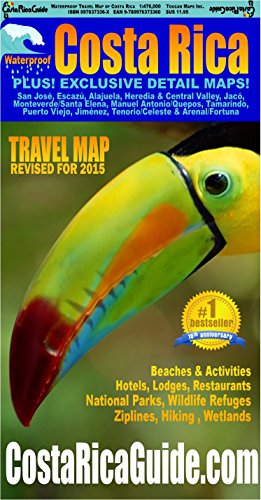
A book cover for Waterproof Travel Map Of Costa Rica; Ray Krueger Koplin; Travel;